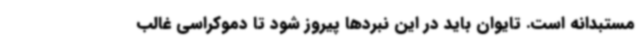
مستبدانه است. تایوان باید در این نبردها پیروز شود تا دموکراسی غالب